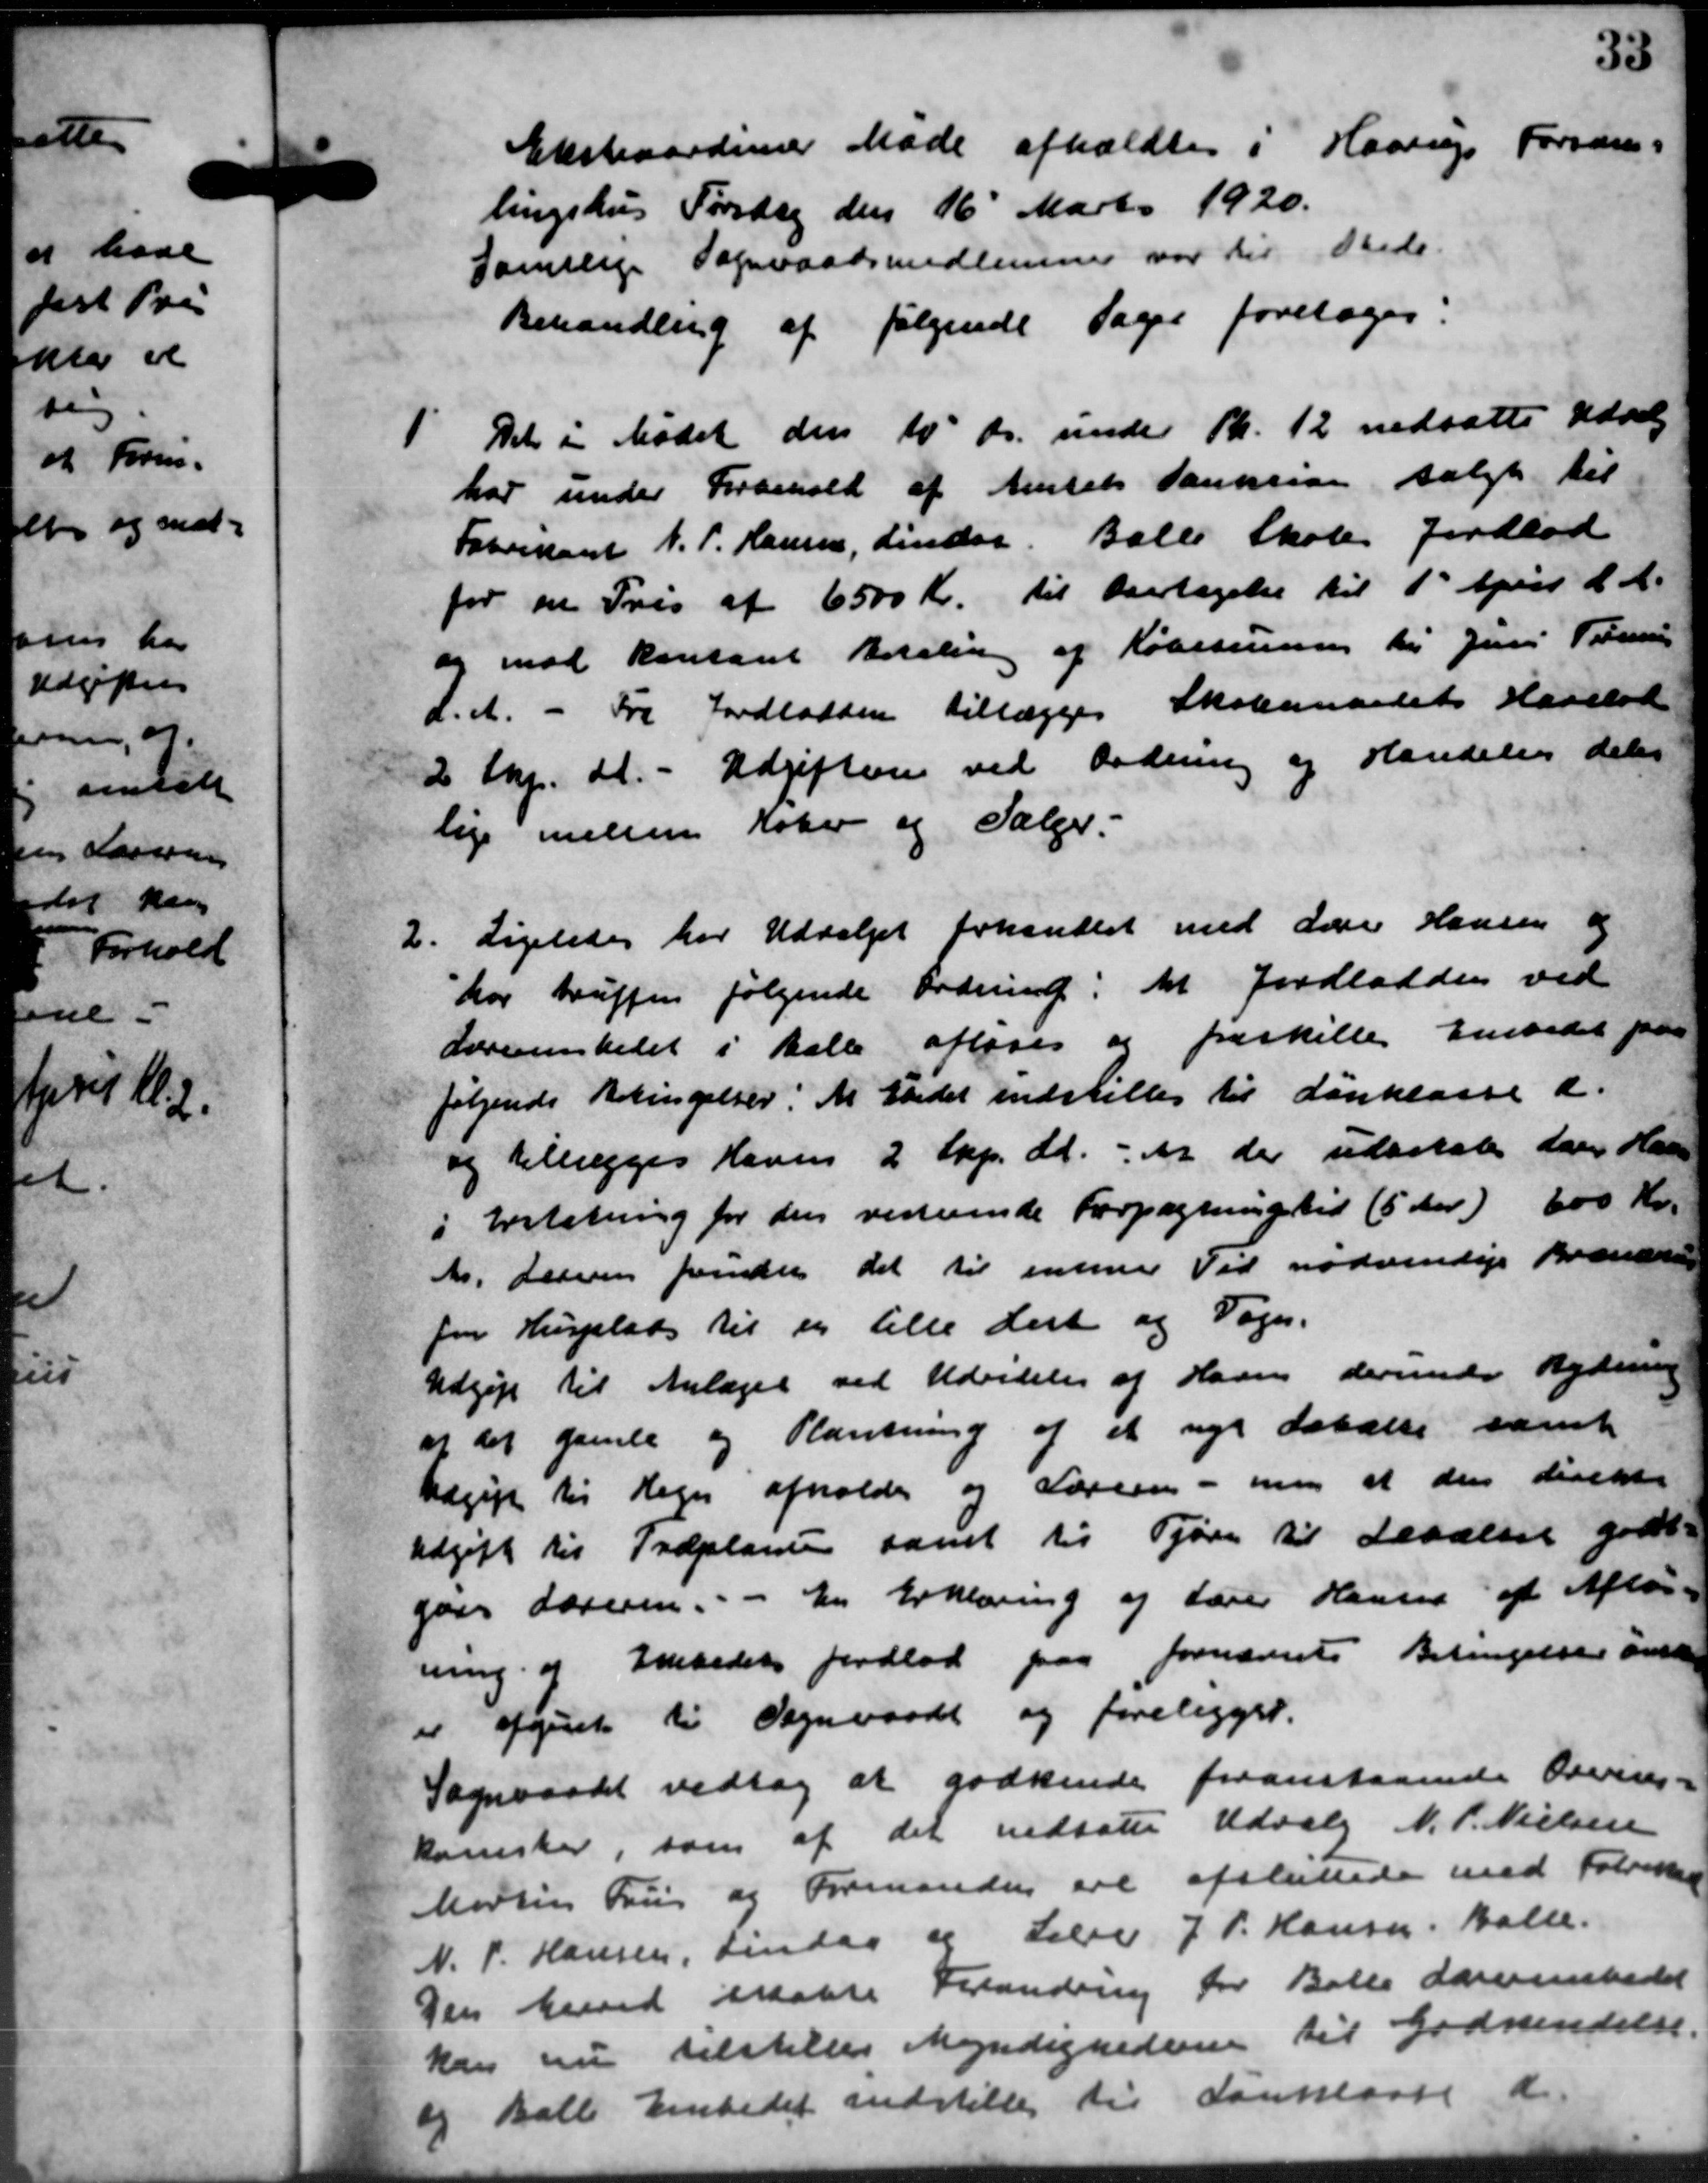
Transskription:
Ekstraordinær Møde afholdtes i Haarup Forsam=
lingshus Torsdag den 16' Marts 1920.
Samtlige Sograadsmedlemmer var til Stede.
Behandling af følgende Sager foretoges:
1.
Det i Mødet den 10' ds. under Kl. 12 nedsætte Udvalg
har under Forbehold af Amtets Tauktion solgt til
Fabrikant N. P. Hansen, Lindaa. Balle Skole Jordlod
for en Pris af 6500 Kr. til Overtagelse til 1 April d. A.
og mod kontant Betaling af Købetuning til Juni Tils
d. A. - Fra Jordladsen tillægges Skoleraadets Hasslod
2 top. bl. - Udgiften ved Ordning og Handelse deles
lige mellem Køber og Sælger.
2.
Ligeledes har Udvalget forhandlet med Lærer Hansen og
har truffer følgende Ordning til Jordlodden ved
Lærerenstedet i halle afløses og fraskille Embedet paa
følgende Betingelser. At Gaadet indstilles til Lanklasse d.
og tillægges Haven 2 Skp. d. At der udbetale der Hans
i Erstatning for den vesterende Forpagtningstid (5 Aar) 600 Kr.
As. Larsen finder det til entene Tid nødvendige Brændsen
for Husplads til en lille dert og Sogn.
Udgift til Anlæget ved Udvidelse af Haven derunder Rydning
af det gamle og Plantning af et nye Læbælte samt
Udgift til Regn afholdes og Læreren - men at den direkte
Udgift til Treplanen samt til Tjørn til desalset godt-
gaar Læreren. - En Erklæring af Lærer Hansen af Afløs-
ning og Embedets Jordlod paa fornævnte Betingelse anske
er afgivet til Sogneraadt og foreligger.
Sogneraadet vedtog at godkende foranstaaende Overes-
kansker, som af det nedsatte Udvalg N. P. Nielsen
Mødter Fru og Formanden ere afsluttede med Folkekur
N. P. Hansen, Tirsdag og Lærer J. P. Hansen, Balle.
Den herved istakse Forandring for Balle derembedet
kan nu tilstilles Myndighederne til Godkendelse.
og Balle Embedet indstille til Sanklasse d